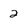
Character: 2